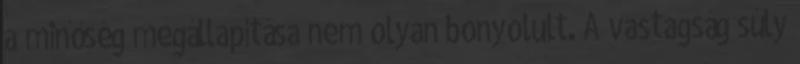
a minőség megállapítása nem olyan bonyolult. A vastagság súly